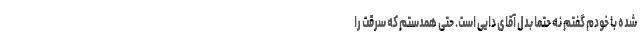
شده با خودم گفتم نه حتما بدل آقای دایی است. حتی همدستم که سرقت را